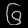
Digit: ၆